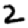
Digit: 2